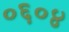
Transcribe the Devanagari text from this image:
०६०४